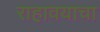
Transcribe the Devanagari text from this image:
राहावयाचा